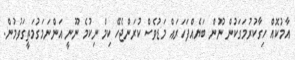
އާމުކޮއް ހިގާކުރުމަގަކުން ނޫން ބަޔެއްފަހަރައް މަޑުވެސް ކުރަންޖެހޭ ކިމް ނިކުމެ ނޫނީ އަންނަމަގުމަތީގަވުމުން.